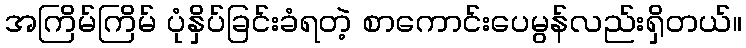
အကြိမ်ကြိမ် ပုံနှိပ်ခြင်းခံရတဲ့ စာကောင်းပေမွန်လည်းရှိတယ်။